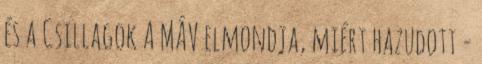
és a Csillagok A MÁV elmondja, miért hazudott -